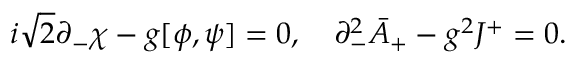
i \sqrt { 2 } \partial _ { - } \chi - g [ \phi , \psi ] = 0 , \quad \partial _ { - } ^ { 2 } \bar { A } _ { + } - g ^ { 2 } J ^ { + } = 0 .